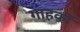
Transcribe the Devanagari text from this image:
गाहकों